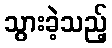
သွားခဲ့သည့်